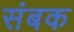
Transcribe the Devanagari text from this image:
संबक